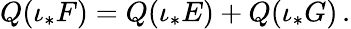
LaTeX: {Q}(\iota_{*}{F})={Q}(\iota_{*}{E})+{Q}(\iota_{*}{G})\, .